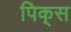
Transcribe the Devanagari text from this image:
पिक्‌स